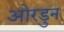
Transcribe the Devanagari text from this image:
ओरडुन